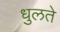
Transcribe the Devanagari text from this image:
धुलते